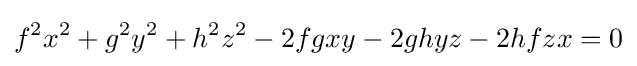
f^{2}x^{2}+g^{2}y^{2}+h^{2}z^{2}-2fgxy-2ghyz-2hfzx=0